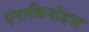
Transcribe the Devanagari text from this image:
एपामिनोंडस